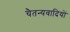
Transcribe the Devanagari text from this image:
चैतन्यवादियों